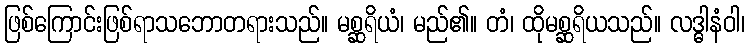
ဖြစ်ကြောင်းဖြစ်ရာသဘောတရားသည်။ မစ္ဆရိယံ၊ မည်၏။ တံ၊ ထိုမစ္ဆရိယသည်။ လဒ္ဓါနံဝါ၊